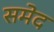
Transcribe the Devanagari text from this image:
समेद